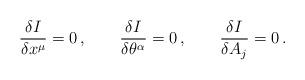
LaTeX: \begin{align*}\frac{\delta I}{\delta x^\mu}=0\, ,\qquad \frac{\delta I}{\delta \theta^\alpha}=0\, ,\qquad\frac{\delta I}{\delta A_j}=0 \, .\end{align*}